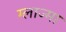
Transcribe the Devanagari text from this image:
ग्लाज्मा